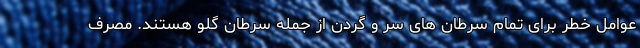
عوامل خطر برای تمام سرطان های سر و گردن از جمله سرطان گلو هستند. مصرف